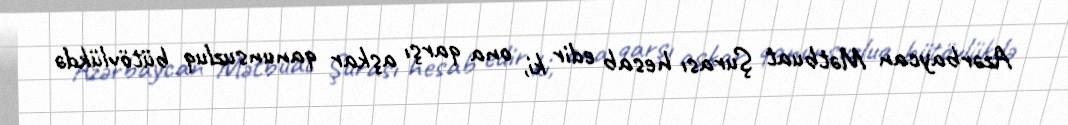
Azərbaycan Mətbuat Şurası hesab edir ki, ona qarşı aşkar qanunsuzluq bütövlükdə